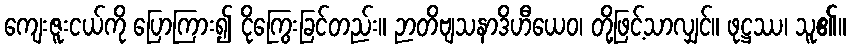
ကျေးဇူးငယ်ကို ပြောကြား၍ ငိုကြွေးခြင်တည်း။ ဉာတိဗျသနာဒိဟီယေဝ၊ တို့ဖြင့်သာလျှင်။ ဖုဋ္ဌဿ၊ သူ၏။